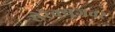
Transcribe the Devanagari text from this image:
सेरॅक्यूजवर